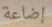
إضاعة